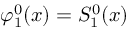
\varphi _ { 1 } ^ { 0 } ( x ) = S _ { 1 } ^ { 0 } ( x )